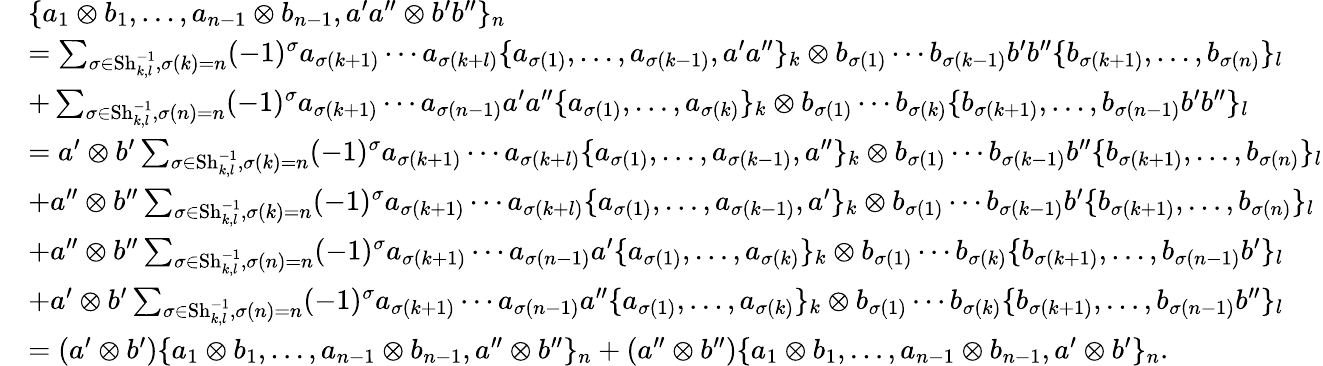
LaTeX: \begin{array}{rl}&{\{ a_{1}\otimes b_{1},\dotsc,a_{n-1}\otimes b_{n-1},a^{\prime}a^{\prime\prime}\otimes b^{\prime}b^{\prime\prime}\} _{n}}\\ &{=\sum_{\sigma\in\operatorname{Sh}_{k,l}^{-1},\sigma(k)=n}(-1)^{\sigma}a_{\sigma(k+1)}\cdots a_{\sigma(k+l)}\{ a_{\sigma(1)},\dotsc,a_{\sigma(k-1)},a^{\prime}a^{\prime\prime}\} _{k}\otimes b_{\sigma(1)}\cdots b_{\sigma(k-1)}b^{\prime}b^{\prime\prime}\{ b_{\sigma(k+1)},\dotsc,b_{\sigma(n)}\} _{l}}\\ &{+\sum_{\sigma\in\operatorname{Sh}_{k,l}^{-1},\sigma(n)=n}(-1)^{\sigma}a_{\sigma(k+1)}\cdots a_{\sigma(n-1)}a^{\prime}a^{\prime\prime}\{ a_{\sigma(1)},\dotsc,a_{\sigma(k)}\} _{k}\otimes b_{\sigma(1)}\cdots b_{\sigma(k)}\{ b_{\sigma(k+1)},\dotsc,b_{\sigma(n-1)}b^{\prime}b^{\prime\prime}\} _{l}}\\ &{=a^{\prime}\otimes b^{\prime}\sum_{\sigma\in\operatorname{Sh}_{k,l}^{-1},\sigma(k)=n}(-1)^{\sigma}a_{\sigma(k+1)}\cdots a_{\sigma(k+l)}\{ a_{\sigma(1)},\dotsc,a_{\sigma(k-1)},a^{\prime\prime}\} _{k}\otimes b_{\sigma(1)}\cdots b_{\sigma(k-1)}b^{\prime\prime}\{ b_{\sigma(k+1)},\dotsc,b_{\sigma(n)}\} _{l}}\\ &{+a^{\prime\prime}\otimes b^{\prime\prime}\sum_{\sigma\in\operatorname{Sh}_{k,l}^{-1},\sigma(k)=n}(-1)^{\sigma}a_{\sigma(k+1)}\cdots a_{\sigma(k+l)}\{ a_{\sigma(1)},\dotsc,a_{\sigma(k-1)},a^{\prime}\} _{k}\otimes b_{\sigma(1)}\cdots b_{\sigma(k-1)}b^{\prime}\{ b_{\sigma(k+1)},\dotsc,b_{\sigma(n)}\} _{l}}\\ &{+a^{\prime\prime}\otimes b^{\prime\prime}\sum_{\sigma\in\operatorname{Sh}_{k,l}^{-1},\sigma(n)=n}(-1)^{\sigma}a_{\sigma(k+1)}\cdots a_{\sigma(n-1)}a^{\prime}\{ a_{\sigma(1)},\dotsc,a_{\sigma(k)}\} _{k}\otimes b_{\sigma(1)}\cdots b_{\sigma(k)}\{ b_{\sigma(k+1)},\dotsc,b_{\sigma(n-1)}b^{\prime}\} _{l}}\\ &{+a^{\prime}\otimes b^{\prime}\sum_{\sigma\in\operatorname{Sh}_{k,l}^{-1},\sigma(n)=n}(-1)^{\sigma}a_{\sigma(k+1)}\cdots a_{\sigma(n-1)}a^{\prime\prime}\{ a_{\sigma(1)},\dotsc,a_{\sigma(k)}\} _{k}\otimes b_{\sigma(1)}\cdots b_{\sigma(k)}\{ b_{\sigma(k+1)},\dotsc,b_{\sigma(n-1)}b^{\prime\prime}\} _{l}}\\ &{=(a^{\prime}\otimes b^{\prime})\{ a_{1}\otimes b_{1},\dotsc,a_{n-1}\otimes b_{n-1},a^{\prime\prime}\otimes b^{\prime\prime}\} _{n}+(a^{\prime\prime}\otimes b^{\prime\prime})\{ a_{1}\otimes b_{1},\dotsc,a_{n-1}\otimes b_{n-1},a^{\prime}\otimes b^{\prime}\} _{n}.}\end{array}